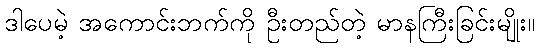
ဒါပေမဲ့ အကောင်းဘက်ကို ဦးတည်တဲ့ မာနကြီးခြင်းမျိုး။